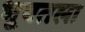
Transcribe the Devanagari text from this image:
भूपतला